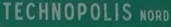
TECHNOPOLIS NORD